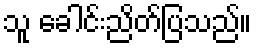
သူ ခေါင်းညိတ်ပြသည်။